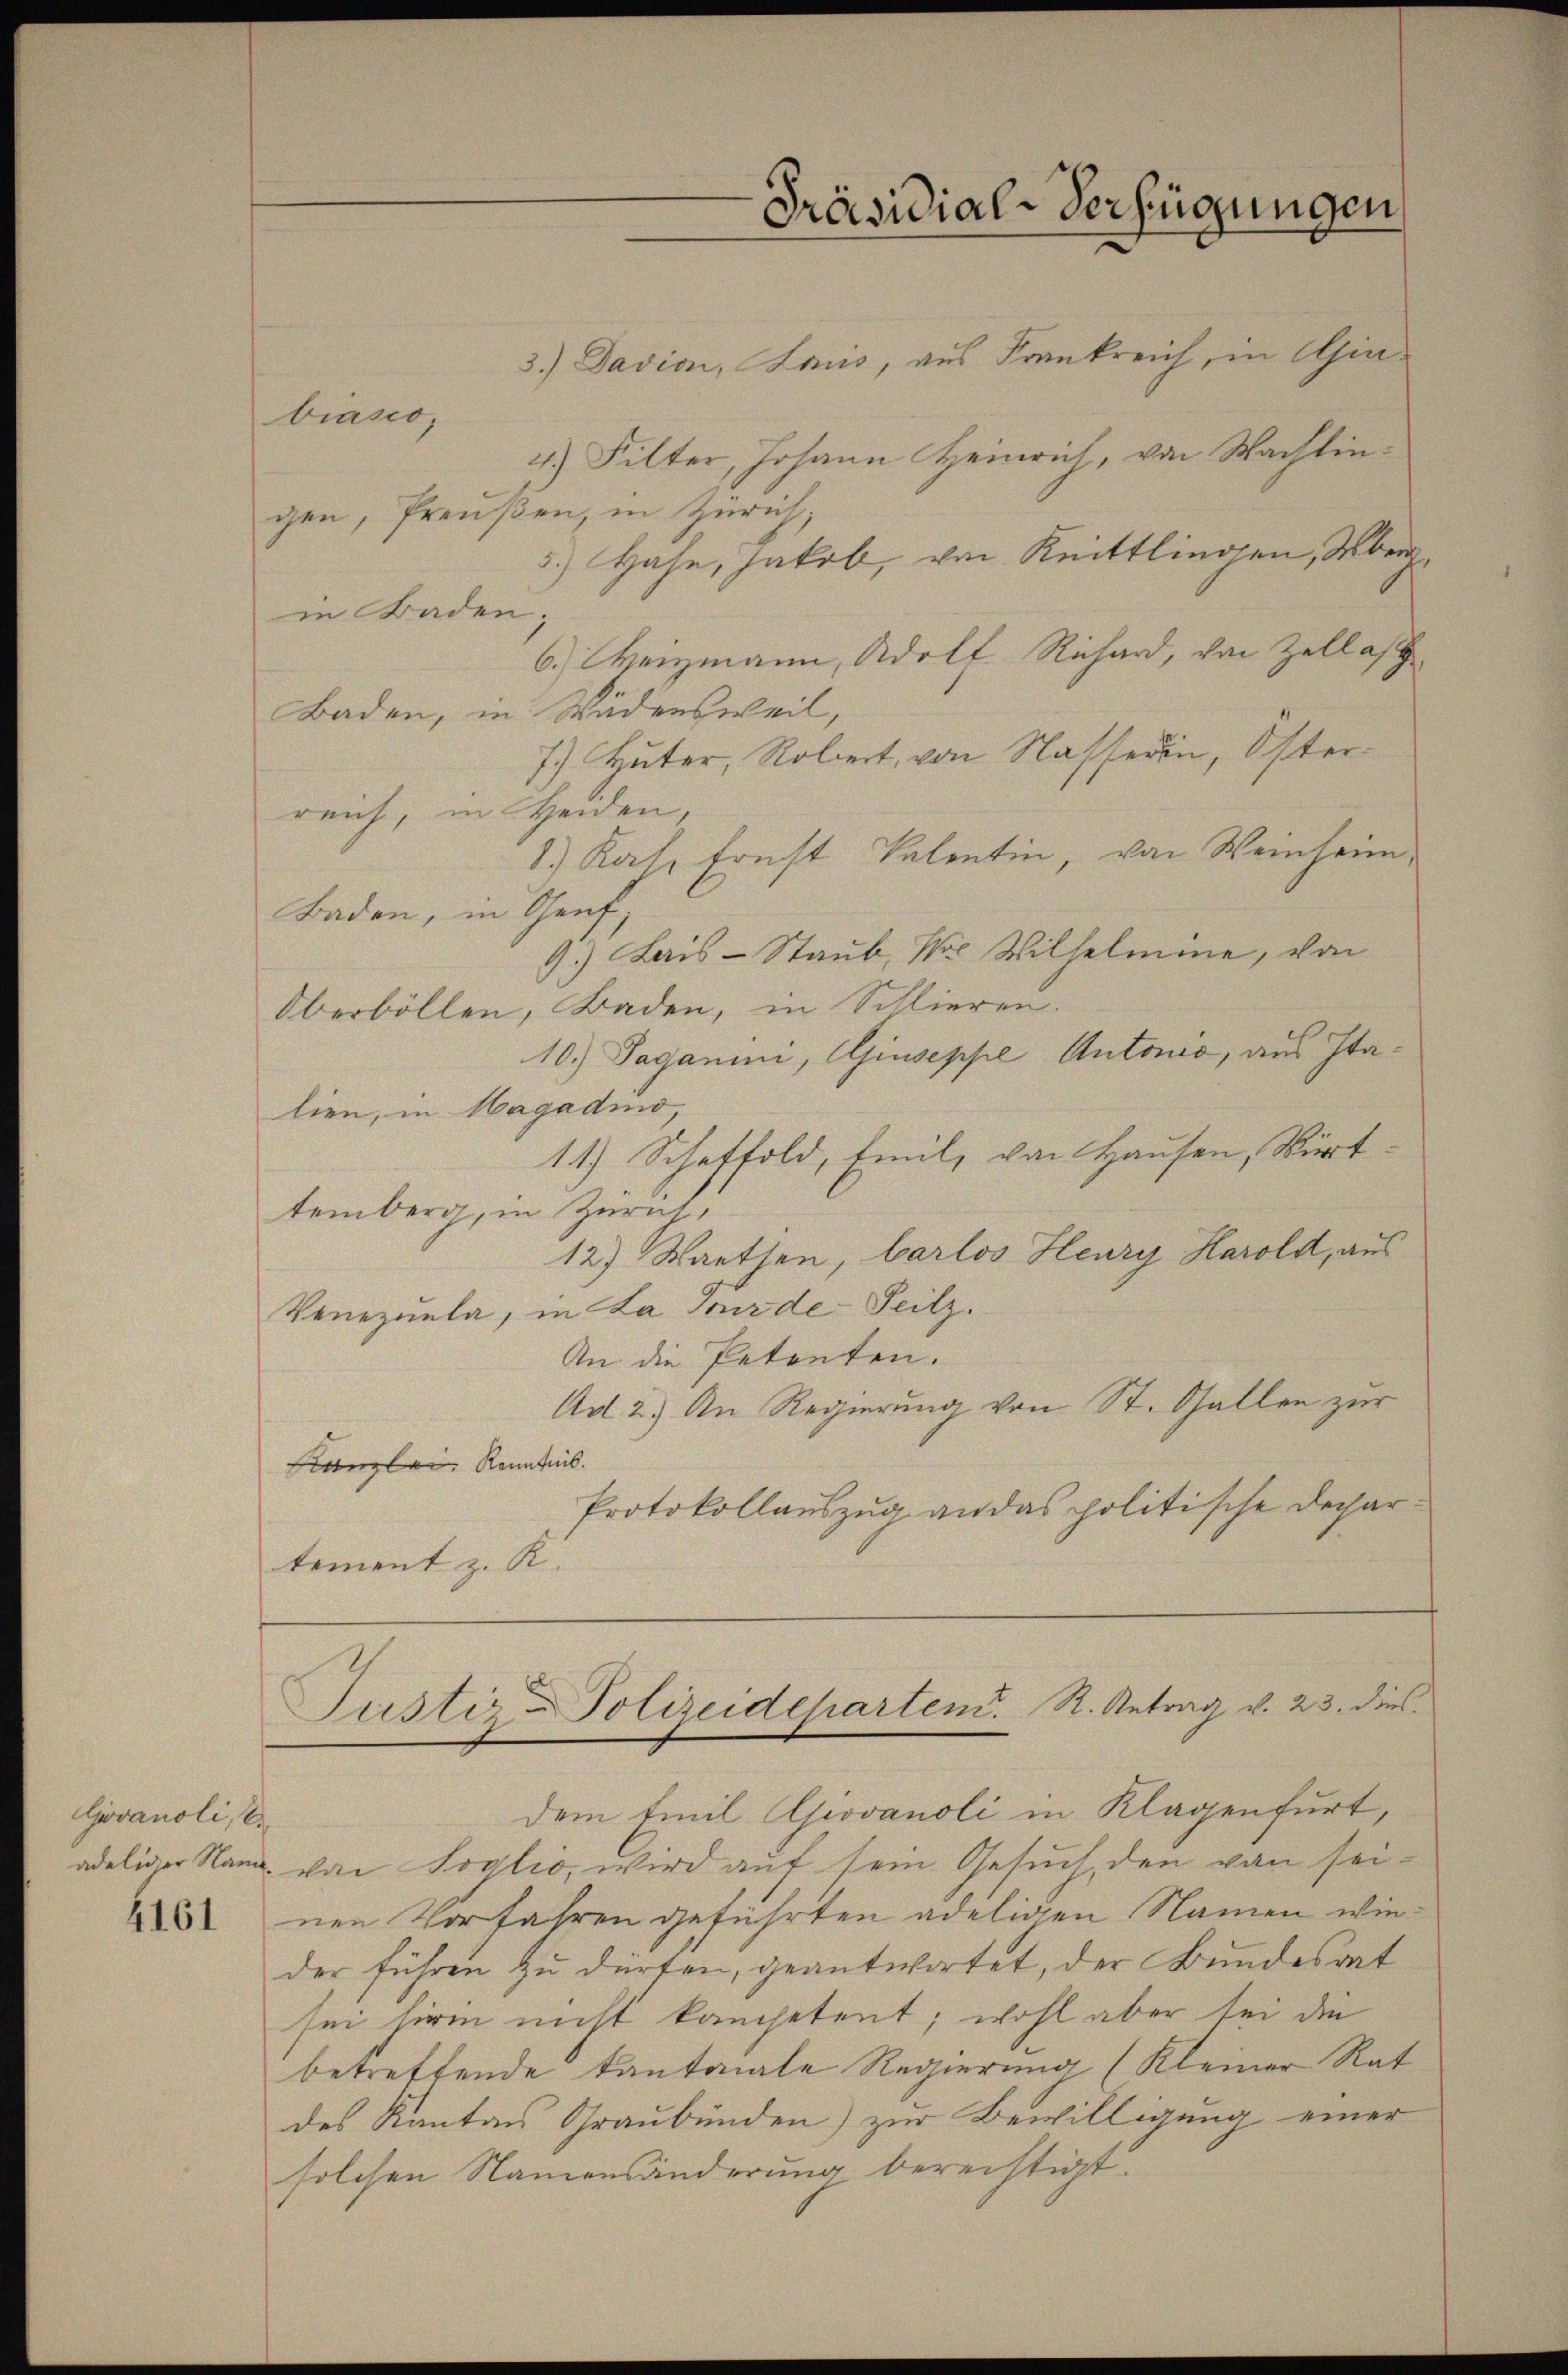
Govanoli, E

4161

3.) Davion, Lauis, aus Frankreich, in Giebiasco,
4.) Filter, Johann Heinrich, von Wachtingen, Preußen, in Zürich,
3.) Hahn, Jakob, von Knittlingen, Überg
in Baden;
6.) Heizmann, Adolf Richard, von Zollast
Baden, in Wädensweil,
7.) Huter, Robert, von Nasserin, Osterreich, in Heiden,
8.) Rate frest Valentin, von Weinheim
Baden, in Genf,
9.) Lais-Staub, Mr. Wilhelmine, von
Oberbollen, Baden, in Schlieren.
10.) Saganini, Giuseppe Antons, aus Italien, in Hagadino,
11.) Scheffold, Emil, von Hausen, Württemberg, in Zürich,
12) Warthen, Carlos Henry Harold, aus
Venezuela, in La Jurde Teilz.
An die Petenten.
Ad 2.) An Regierung von St. Gallen zur
Kanzlei Kenntnis.
Protokollauszug an das politische Depar
tement z. K.

adeliger Name von Soglio, wird auf sein Gesuch, den von seinen Vorfahren geführten adeligen Namen wieder führen zu dürfen, geantwortet, der Bundesrat
sei hierin nicht kompetent; wohl aber sei die
betreffende Kantonale Regierung (Kleiner Rat
des Kantons Graubünden) zur Bewilligung einer
solchen Namensänderung berechtigt.

Präsidial-Verfügungen

Justiz-Polizeideparten. R. Antrag v. 23. dies
dem Emil Giovanoli in Klagenfurt,